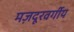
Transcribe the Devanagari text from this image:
मज़दूरवर्गीय